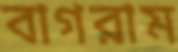
বাগরাম